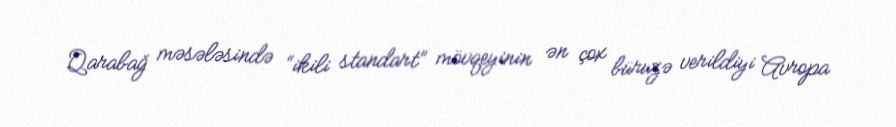
Qarabağ məsələsində “ikili standart” mövqeyinin ən çox büruzə verildiyi Avropa